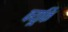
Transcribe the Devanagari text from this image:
क्यूकि